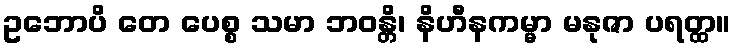
ဥဘောပိ တေ ပေစ္စ သမာ ဘဝန္တိ၊ နိဟီနကမ္မာ မနုဇာ ပရတ္ထ။